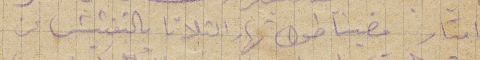
امتار مضينا طول نهار الثلاثا بالتفتيش عن